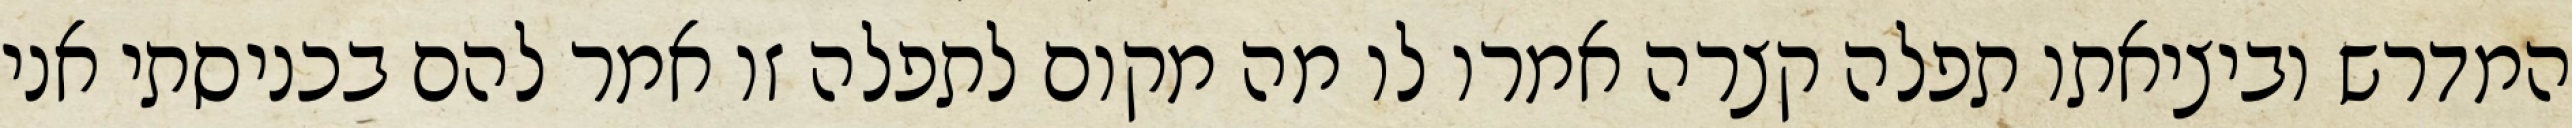
המדרש וביציאתו תפלה קצרה אמרו לו מה מקום לתפלה זו אמר להם בכניסתי אני